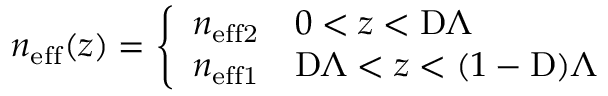
n _ { \mathrm { e f f } } ( z ) = \left\{ \begin{array} { l l } { n _ { \mathrm { e f f 2 } } } & { 0 < z < \mathrm { D } \Lambda } \\ { n _ { \mathrm { e f f 1 } } } & { \mathrm { D } \Lambda < z < ( 1 - \mathrm { D } ) \Lambda } \end{array} \right.